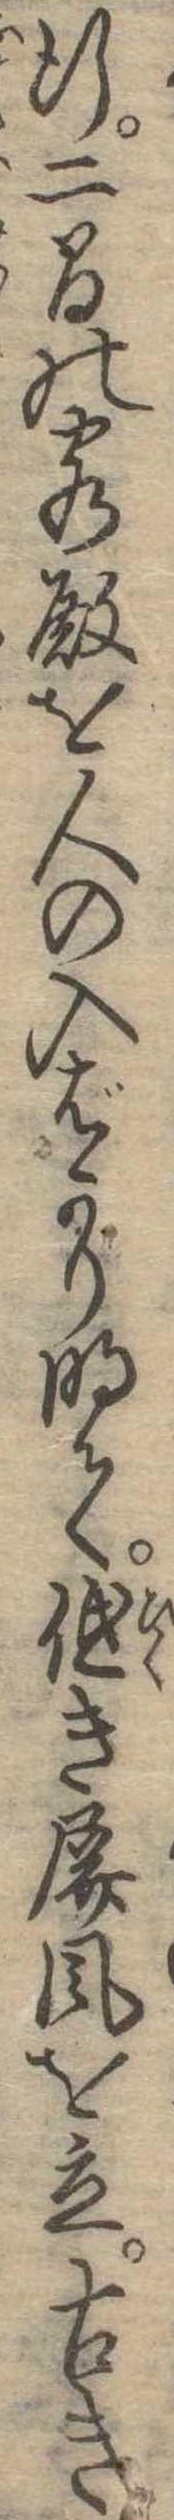
行二間の客殿を人の入ばかり明て低き屏風を立古き